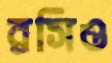
রসিও